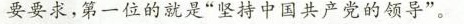
要要求，第一位的就是”坚持中国共产党的领导”。